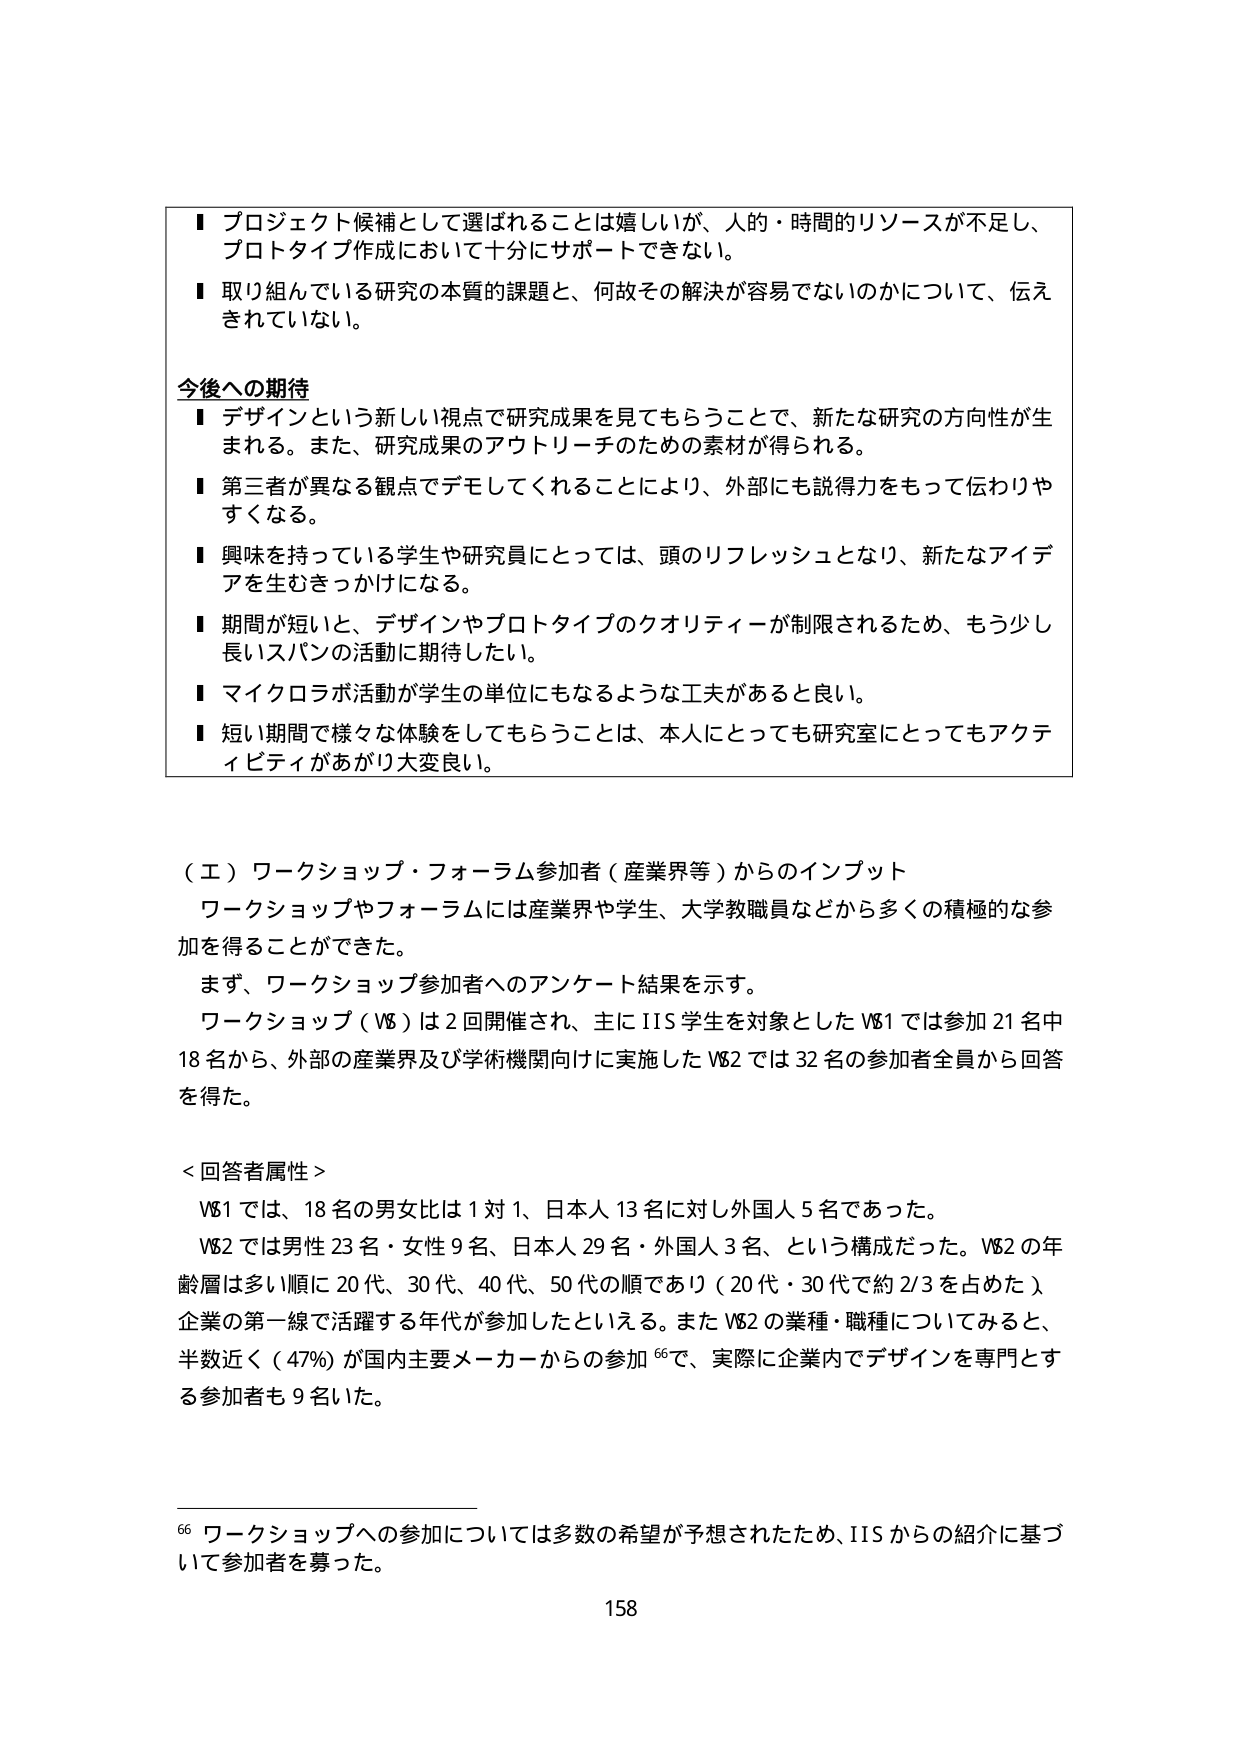
■ プロジェクト候補として選ばれることは嬉しいが、人的・時間的リソースが不足し、プロトタイプ作成において十分にサポートできない。

■ 取り組んでいる研究の本質的課題と、何故その解決が容易でないのかについて、伝えきれていない。

今後への期待
■ デザインという新しい視点で研究成果を見てもらうことで、新たな研究の方向性が生まれる。また、研究成果のアウトリーチのための素材が得られる。

■ 第三者が異なる観点でデモしてくれることにより、外部にも説得力をもって伝わりやすくなる。

■ 興味を持っている学生や研究員にとっては、頭のリフレッシュとなり、新たなアイデアを生むきっかけになる。

■ 期間が短いと、デザインやプロトタイプのクオリティーが制限されるため、もう少し長いスパンの活動に期待したい。

■ マイクロラボ活動が学生の単位にもなるような工夫があると良い。

■ 短い期間で様々な体験をしてもらうことは、本人にとっても研究室にとってもアクティビティがあがり大変良い。

（エ）ワークショップ・フォーラム参加者（産業界等）からのインプット
ワークショップやフォーラムには産業界や学生、大学教職員などから多くの積極的な参加を得ることができた。
まず、ワークショップ参加者へのアンケート結果を示す。
ワークショップ（WS）は2回開催され、主にIIS学生を対象としたWS1では参加21名中18名から、外部の産業界及び学術機関向けに実施したWS2では32名の参加者全員から回答を得た。

＜回答者属性＞
WS1では、18名の男女比は1対1、日本人13名に対し外国人5名であった。
WS2では男性23名・女性9名、日本人29名・外国人3名、という構成だった。WS2の年齢層は多い順に20代、30代、40代、50代の順であり（20代・30代で約2/3を占めた）、企業の第一線で活躍する年代が参加したといえる。またWS2の業種・職種についてみると、半数近く（47%）が国内主要メーカーからの参加⁶⁶で、実際に企業内でデザインを専門とする参加者も9名いた。

⁶⁶ ワークショップへの参加については多数の希望が予想されたため、IISからの紹介に基づいて参加者を募った。

158